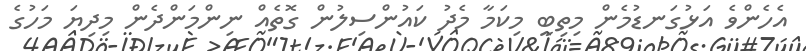
އެހެންވެ އަޅުގަނޑުމެން މިތިބީ މިކަމާ މެދު ކައުންސިލުން ގޮތެއް ނިންމަންދެން މިދިޔަ މަހުގެ